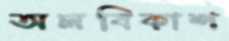
অলবিকাশ